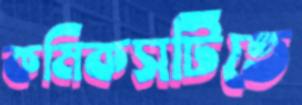
কমিকসটিতে